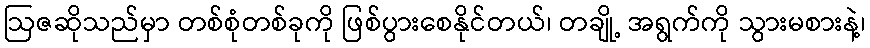
ဩဇဆိုသည်မှာ တစ်စုံတစ်ခုကို ဖြစ်ပွားစေနိုင်တယ်၊ တချို့ အရွက်ကို သွားမစားနဲ့၊